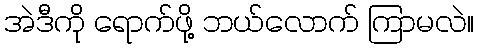
အဲဒီကို ရောက်ဖို့ ဘယ်လောက် ကြာမလဲ။